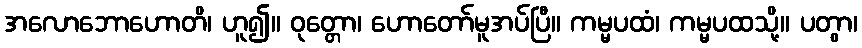
အလောဘောဟောတိ၊ ဟူ၍။ ဝုတ္တော၊ ဟောတော်မူအပ်ပြီ။ ကမ္မပထံ၊ ကမ္မပထသို့။ ပတွာ၊